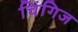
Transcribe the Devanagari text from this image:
चिंगिज